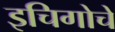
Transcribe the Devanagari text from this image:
इचिगोचे